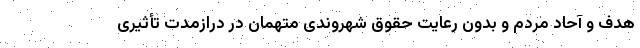
هدف و آحاد مردم و بدون رعایت حقوق شهروندی متهمان در درازمدت تأثیری